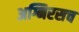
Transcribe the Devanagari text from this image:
अग्निरसच